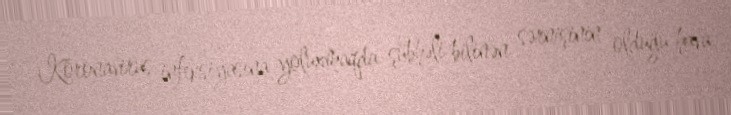
Koronavirus infeksiyasına yoluxmaqda şübhəli bilinən sərnişinin olduğu hava